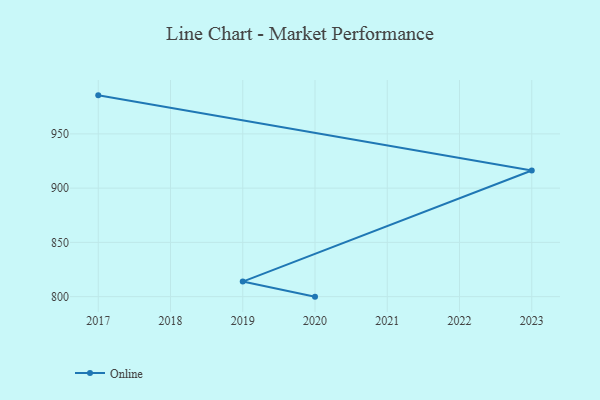
{"axis": {"x": "Year", "y": "Inventory Turnover"}, "legend": ["Online"], "data": [{"x": "2017", "y": 985.5, "type": "Online"}, {"x": "2023", "y": 916.2, "type": "Online"}, {"x": "2019", "y": 813.9, "type": "Online"}, {"x": "2020", "y": 800, "type": "Online"}]}